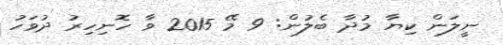
ނީލަން ކިޔާ މުދާ ބެލުން: 9 މޭ 2015 ވާ ހޮނިހިރު ދުވަހު